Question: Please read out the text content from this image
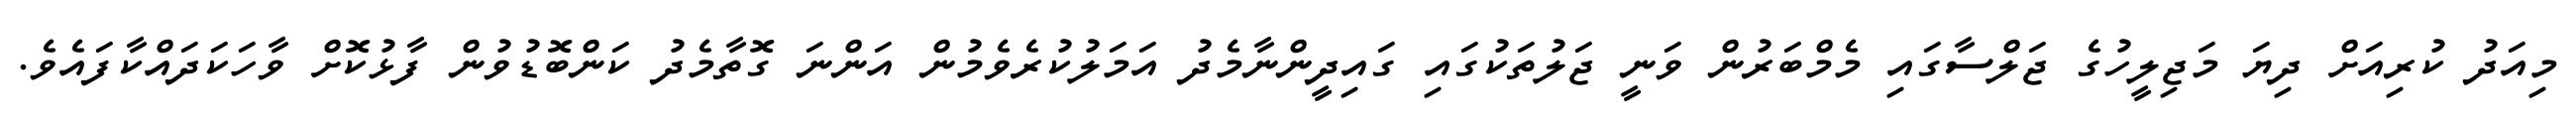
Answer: މިއަދު ކުރިއަށް ދިޔަ މަޖިލީހުގެ ޖަލްސާގައި މެމްބަރުން ވަނީ ޖަލުތަކުގައި ގައިދީންނާމެދު އަމަލުކުރެވެމުން އަންނަ ގޮތާމެދު ކަންބޮޑުވުން ފާޅުކޮށް ވާހަކަދައްކާފައެވެ.